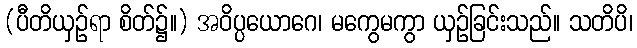
(ပီတိယှဉ်ရာ စိတ်၌။) အဝိပ္ပယောဂေ၊ မကွေမကွာ ယှဉ်ခြင်းသည်။ သတိပိ၊